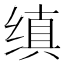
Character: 缜